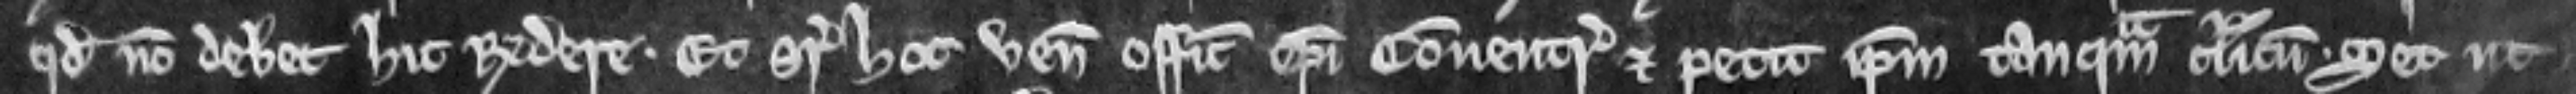
quod non debet hic respondere. Et super hoc venit officialis Episcopi Conventr et petit ipsum tanquam clericum. Set ut